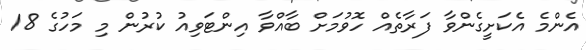
އެންމެ އެކަށީގެންވާ ފަރާތެއް ހޮވުމަށް ބާއްވާ އިންޓަވިއު ކުރުން މި މަހުގެ 18